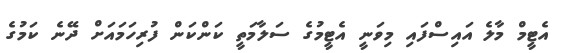
އެޓީމް މާލެ އައިސްފައި މިވަނީ އެޓީމުގެ ސަލާމަތީ ކަންކަން ފުރިހަމައަށް ދޭނެ ކަމުގެ